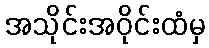
အသိုင်းအဝိုင်းထံမှ